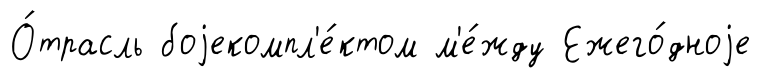
О́трасль боjекомпл'е́ктом м'е́жду Ежего́дноjе